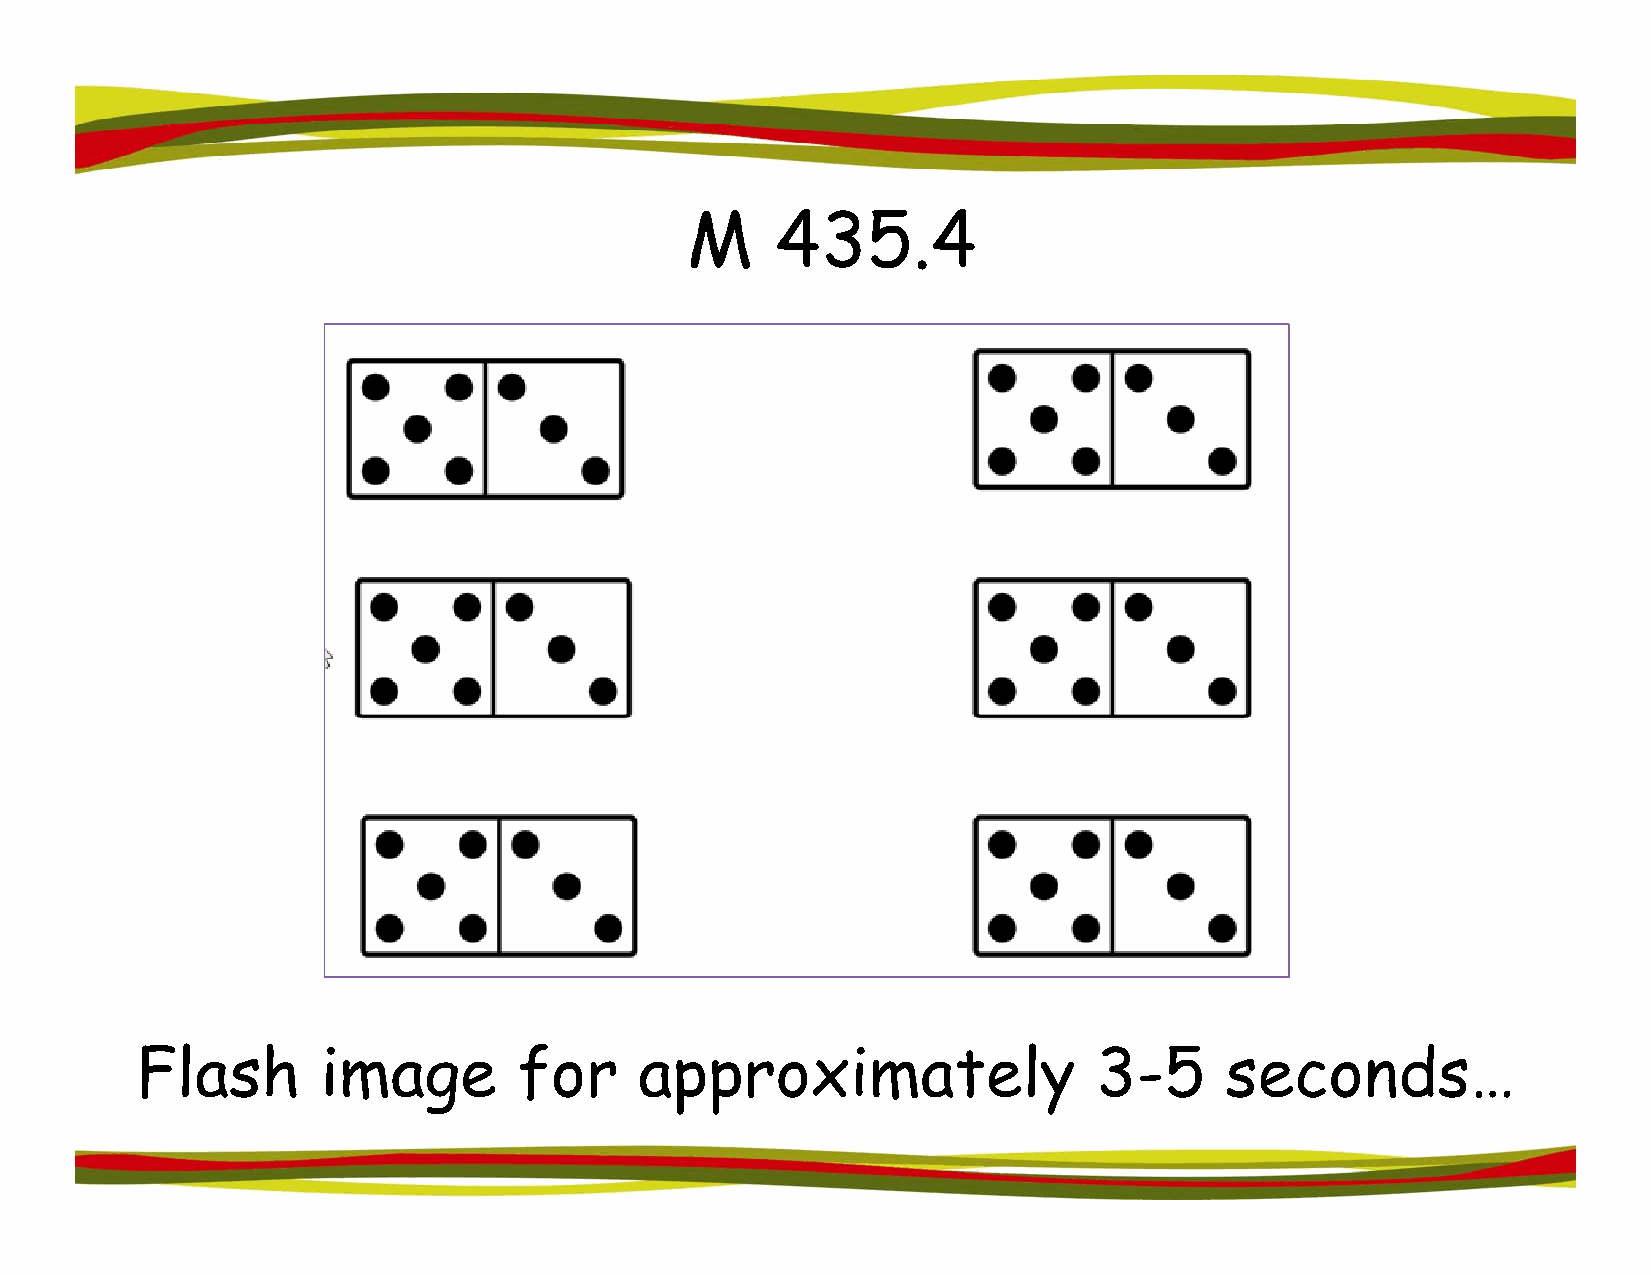
MM    443355.44
 Flash       image        for     approximately                  3-5     seconds…